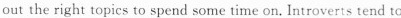
out the righ: topics to spend some time on. Introverts tend to